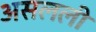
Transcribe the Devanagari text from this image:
असलली